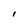
Character: I